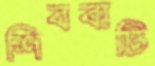
শিববাটি